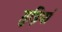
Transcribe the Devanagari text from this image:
ग़ुड़ियां